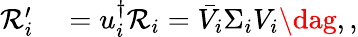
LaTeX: \begin{array}{rl}{\mathcal{R}_{i}^{\prime}}&{{}=u_{i}^{\dagger}\mathcal{R}_{i}=\bar{V}_{i}\Sigma_{i}V_{i}\dag,,}\end{array}